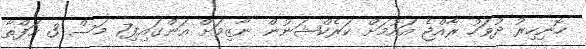
ހޮނިހިރު ދުވަހު ރާއްޖެ އައުމަށް ކަރެކްޝަނުން ނާޒިމަށް އަންގައިފި7 މަސް 3 ހަފްތާ